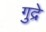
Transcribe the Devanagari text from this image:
गुद्रे